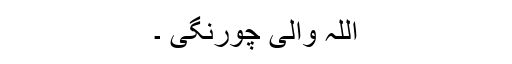
اللہ والی چورنگی ۔